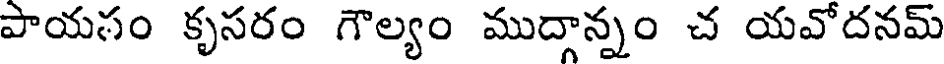
పాయసం కృసరం గౌల్యం ముదాన్నం చ యవోదనమ్